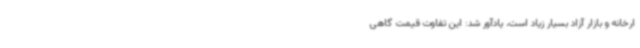
ارخانه و بازار آزاد بسیار زیاد است، یادآور شد: این تفاوت قیمت گاهی